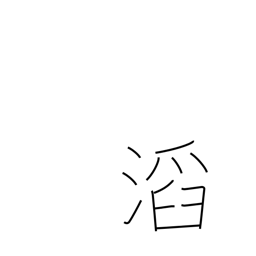
Meaning: overflowing